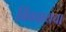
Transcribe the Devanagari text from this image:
बिंबवायचा